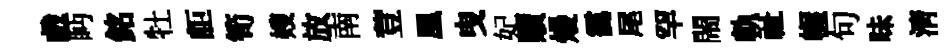
戲眄銘牡詎筍嫂放南荳凰曳妃贖熳靄尾罕閙軌祉幄句味淸